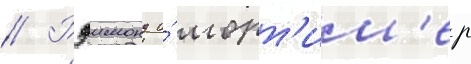
// Рэимонд и́ морт'им'ер